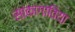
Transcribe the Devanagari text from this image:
साकागाविया